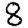
Digit: 8